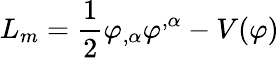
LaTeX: L_{m}=\frac{1}{2}\varphi_{,\alpha}\varphi^{,\alpha}-V(\varphi)